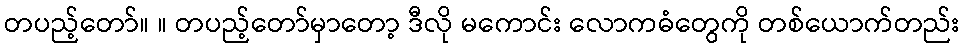
တပည့်တော်။ ။ တပည့်တော်မှာတော့ ဒီလို မကောင်း လောကဓံတွေကို တစ်ယောက်တည်း